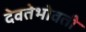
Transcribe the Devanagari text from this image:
देवतेभोवती